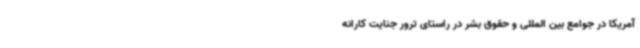
آمریکا در جوامع بین المللی و حقوق بشر در راستای ترور جنایت کارانه